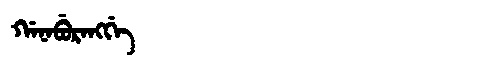
Manchu: ᡤᠠᠨᠠᠪᡠᡵᠠᠩᡤᡝ
Romanization: GANABURANGGE